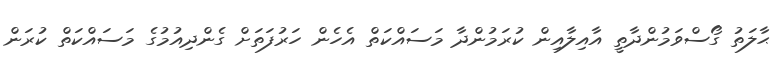
ޙާލަތު ގޯސްވަމުންދާތީ އާއިލާއިން ކުރަމުންދާ މަސައްކަތް އެހެން ހަރުފަތަށް ގެންދިއުމުގެ މަސައްކަތް ކުރަން